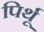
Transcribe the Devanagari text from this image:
पिर्थू